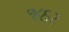
જઠર